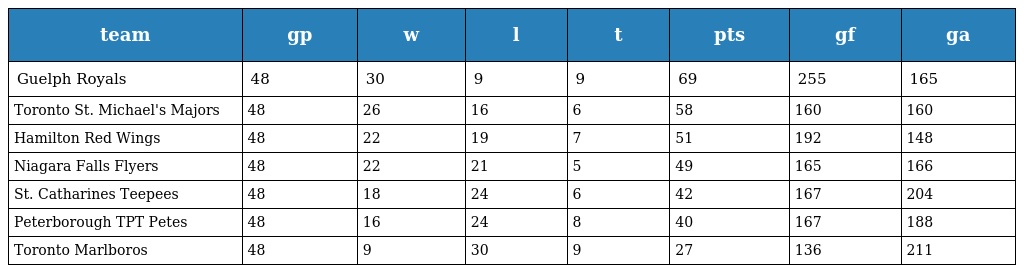
| team | gp | w | l | t | pts | gf | ga |
 | --- | --- | --- | --- | --- | --- | --- | --- |
 | Guelph Royals | 48 | 30 | 9 | 9 | 69 | 255 | 165 |
 | Toronto St. Michael's Majors | 48 | 26 | 16 | 6 | 58 | 160 | 160 |
 | Hamilton Red Wings | 48 | 22 | 19 | 7 | 51 | 192 | 148 |
 | Niagara Falls Flyers | 48 | 22 | 21 | 5 | 49 | 165 | 166 |
 | St. Catharines Teepees | 48 | 18 | 24 | 6 | 42 | 167 | 204 |
 | Peterborough TPT Petes | 48 | 16 | 24 | 8 | 40 | 167 | 188 |
 | Toronto Marlboros | 48 | 9 | 30 | 9 | 27 | 136 | 211 |